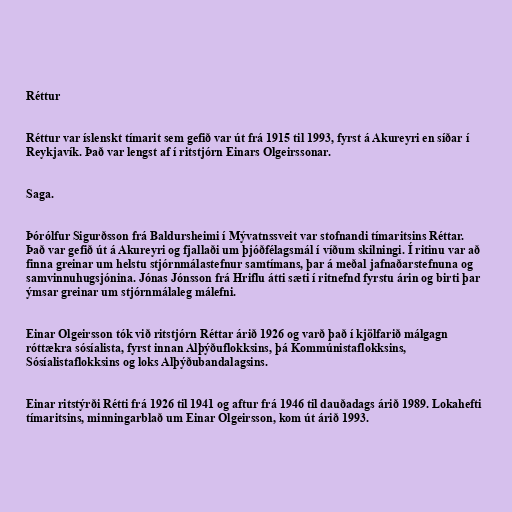
Réttur

Réttur var íslenskt tímarit sem gefið var út frá 1915 til 1993, fyrst á Akureyri en síðar í
Reykjavík. Það var lengst af í ritstjórn Einars Olgeirssonar.

Saga.

Þórólfur Sigurðsson frá Baldursheimi í Mývatnssveit var stofnandi tímaritsins Réttar.
Það var gefið út á Akureyri og fjallaði um þjóðfélagsmál í víðum skilningi. Í ritinu var að
finna greinar um helstu stjórnmálastefnur samtímans, þar á meðal jafnaðarstefnuna og
samvinnuhugsjónina. Jónas Jónsson frá Hriflu átti sæti í ritnefnd fyrstu árin og birti þar
ýmsar greinar um stjórnmálaleg málefni.

Einar Olgeirsson tók við ritstjórn Réttar árið 1926 og varð það í kjölfarið málgagn
róttækra sósíalista, fyrst innan Alþýðuflokksins, þá Kommúnistaflokksins,
Sósíalistaflokksins og loks Alþýðubandalagsins.

Einar ritstýrði Rétti frá 1926 til 1941 og aftur frá 1946 til dauðadags árið 1989. Lokahefti
tímaritsins, minningarblað um Einar Olgeirsson, kom út árið 1993.